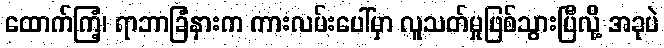
ထောက်ကြံ့၊ ရာဘာခြံနားက ကားလမ်းပေါ်မှာ လူသတ်မှုဖြစ်သွားပြီလို့ အခုပဲ